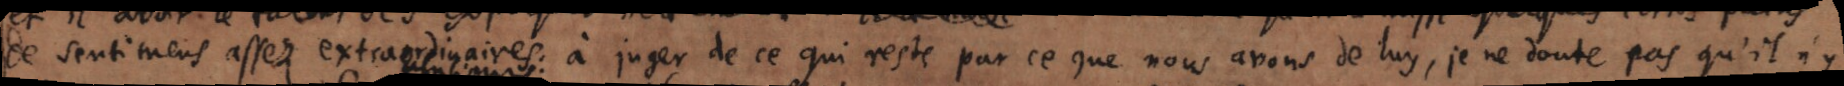
de sentiments assez extraordinaires: à juger de ce qui reste par ce que nous avons de luy, je ne doute pas, qu’il n’y